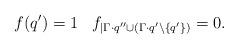
LaTeX: \begin{align*} f(q')=1 \,\,\,\,\, f_{|\Gamma \cdot q'' \cup( \Gamma \cdot q'\setminus \{q'\})} =0.\end{align*}